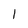
Character: l